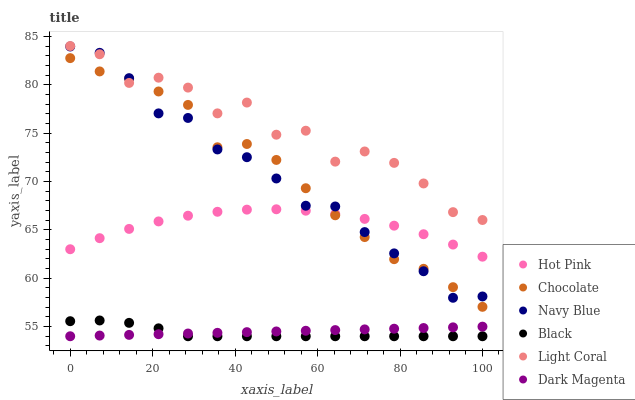
| xaxis_label | Hot Pink | Chocolate | Navy Blue | Black | Light Coral | Dark Magenta |
 | --- | --- | --- | --- | --- | --- | --- |
 | 0 | 63 | 82.7 | 84 | 55.6 | 84 | 54 |
 | 7.14 | 64.1 | 81.4 | 83.3 | 55.6 | 83.1 | 54.1 |
 | 14.3 | 65.1 | 80.6 | 80.7 | 55.4 | 80.2 | 54.1 |
 | 21.4 | 65.9 | 79.3 | 77 | 54.8 | 80.7 | 54.2 |
 | 28.6 | 66.5 | 77.9 | 76.6 | 54 | 79.7 | 54.3 |
 | 35.7 | 66.9 | 73.5 | 73.3 | 54 | 77 | 54.4 |
 | 42.9 | 67.1 | 73.9 | 72.5 | 54 | 78.2 | 54.4 |
 | 50 | 67.1 | 72.2 | 70.3 | 54 | 74.8 | 54.5 |
 | 57.1 | 67 | 69.3 | 67.5 | 54 | 75.2 | 54.6 |
 | 64.3 | 66.6 | 66.5 | 67.4 | 54 | 72 | 54.6 |
 | 71.4 | 66.1 | 64.3 | 64.8 | 54 | 73.1 | 54.7 |
 | 78.6 | 65.4 | 62 | 62.6 | 54 | 71.9 | 54.8 |
 | 85.7 | 64.5 | 61 | 60.7 | 54 | 69.8 | 54.9 |
 | 92.9 | 63.5 | 59.1 | 58 | 54 | 66.8 | 54.9 |
 | 100 | 62.2 | 57 | 58.1 | 54 | 66 | 55 |